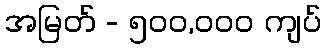
အမြတ် - ၅၀၀,၀၀၀ ကျပ်